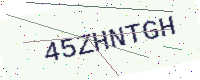
Text: 45ZHNTGH